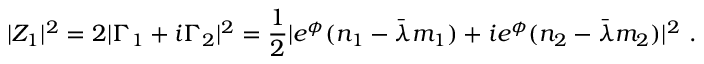
| Z _ { 1 } | ^ { 2 } = 2 | \Gamma _ { 1 } + i \Gamma _ { 2 } | ^ { 2 } = { \frac { 1 } { 2 } } | e ^ { \phi } ( n _ { 1 } - \bar { \lambda } m _ { 1 } ) + i e ^ { \phi } ( n _ { 2 } - \bar { \lambda } m _ { 2 } ) | ^ { 2 } \ .